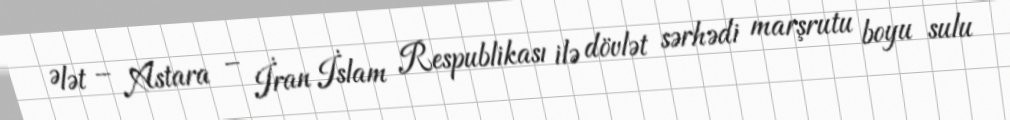
Ələt – Astara – İran İslam Respublikası ilə dövlət sərhədi marşrutu boyu sulu